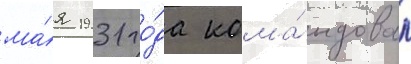
ма́я 1931 го́да кома́ндовал